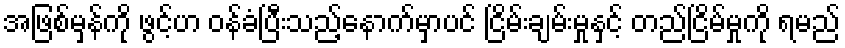
အဖြစ်မှန်ကို ဖွင့်ဟ ဝန်ခံပြီးသည့်နောက်မှာပင် ငြိမ်းချမ်းမှုနှင့် တည်ငြိမ်မှုကို ရမည်